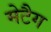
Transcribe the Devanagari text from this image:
मेटैग